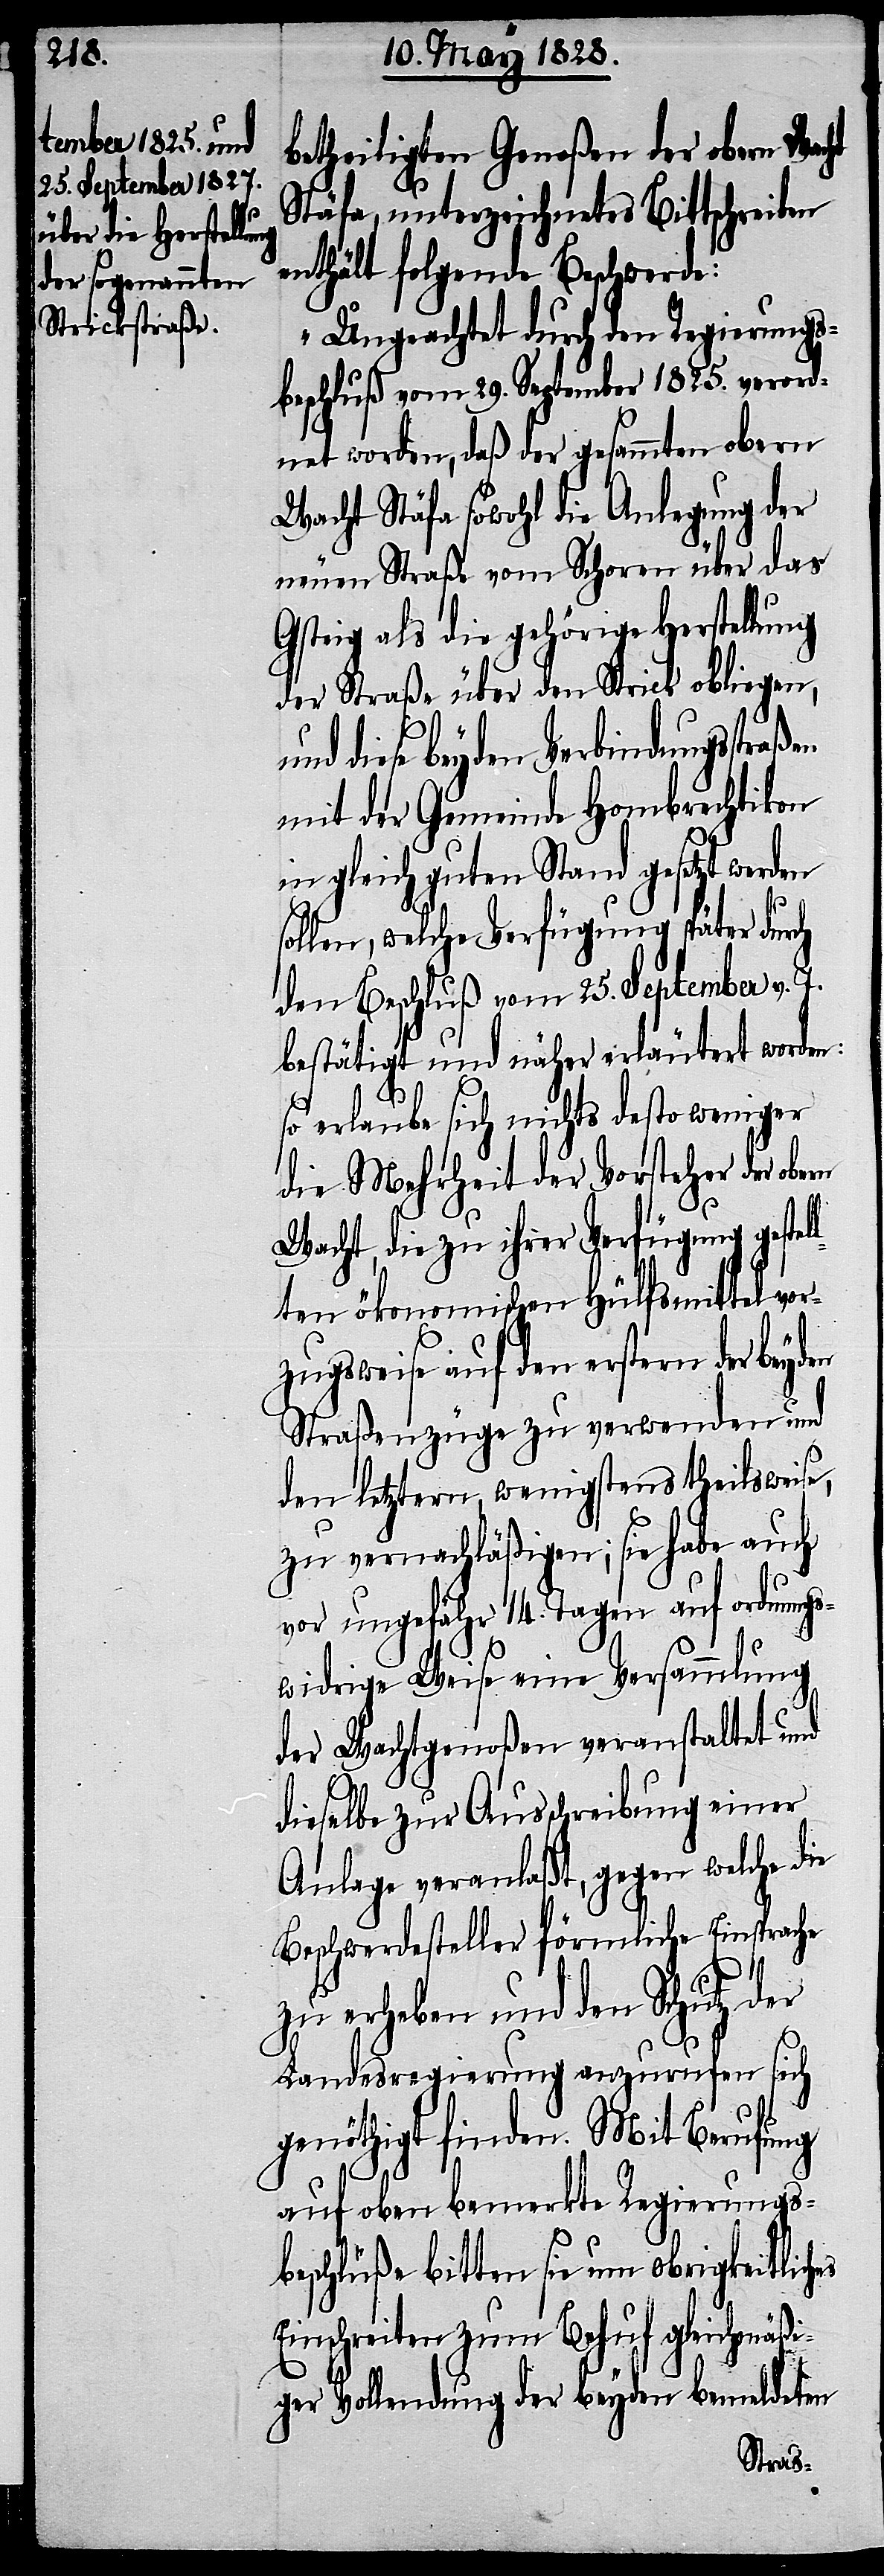
betheiligten Genoßen der obern Wacht
Stäfa, unterzeichnetes Bittschreiben
enthält folgende Beschwerde:
„Ungeachtet durch den Regierungs¬
beschluß vom 29. September 1825. verord¬
net worden, daß der gesammten obern
Wacht Stäfa sowohl die Anlegung der
neuen Straße vom Schoren über das
Gsteig als die gehörige Herstellung
der Straße über den Strick obliegen,
diese beyden Verbindungs¬
mit der Gemeinde Hombrechtikon
in gleich guten Stand gesetzt werden
sollen, welche Verfügung später durch
den Beschluß vom 25. September v. J.
bestätigt und näher erläutert worden:
so erlaube sich nichts desto weniger
die Mehrheit der Vorsteher der obern
Wacht, die zu ihrer Verfügung gestel¬
lten ökonomischen Hülfsmittel vor¬
zugweise auf den erstern der beyden
Straßenzüge zu verwenden und
den letztern, wenigstens theilweise,
zu vernachläßigen; sie habe auch
vor ungefähr 14. Tagen auf ordnungs¬
widrige Weise eine Versammlung
der Wachtgenoßen veranstaltet und
dieselbe zur Ausschreibung einer
Anlage veranlaßt, gegen welche die
Beschwerdesteller förmliche Einsprache
zu erheben und den Schutz der
Landesregierung anzurufen sich
genöthigt finden. Mit Berufung
auf oben bemerkte Regierungs¬
beschlüße bitten sie um obrigkeitliches
Einschreiten zum Behuf gleichmäßi¬
ger Vollendung der beyden bemeldeten
straßen